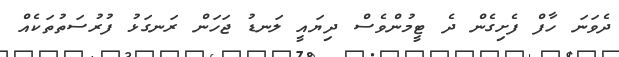
ދެވަނަ ހާފް ފެށިގެން ދެ ޓީމުންވެސް ދިޔައީ ލަނޑު ޖަހަން ރަނގަޅު ފުރުސަތުތަކެއް